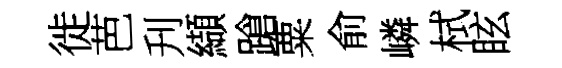
徙芭刋纈蹌粟俞嶙栻眩